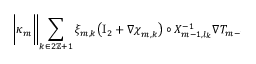
\begin{array} { r l } { \lefteqn { \Biggl | \kappa _ { m } \biggl \| \sum _ { k \in 2 \ensuremath { \mathbb { Z } } + 1 } \xi _ { m , k } \bigl ( \ensuremath { \mathrm { I } _ { 2 } } + \nabla { \boldsymbol { \chi } } _ { m , k } \bigr ) \circ X _ { m - 1 , l _ { k } } ^ { - 1 } \nabla T _ { m - 1 } \biggr \| _ { L ^ { 2 } ( ( 0 , 1 ) \times \ensuremath { \mathbb { T } } ^ { 2 } ) } ^ { 2 } - \kappa _ { m - 1 } \mathopen { } \mathclose \bgroup \left\| \nabla T _ { m - 1 } \aftergroup \egroup \right\| _ { L ^ { 2 } ( ( 0 , 1 ) \times \ensuremath { \mathbb { T } } ^ { 2 } ) } ^ { 2 } \, \Biggr | } \qquad } & { { } } \end{array}